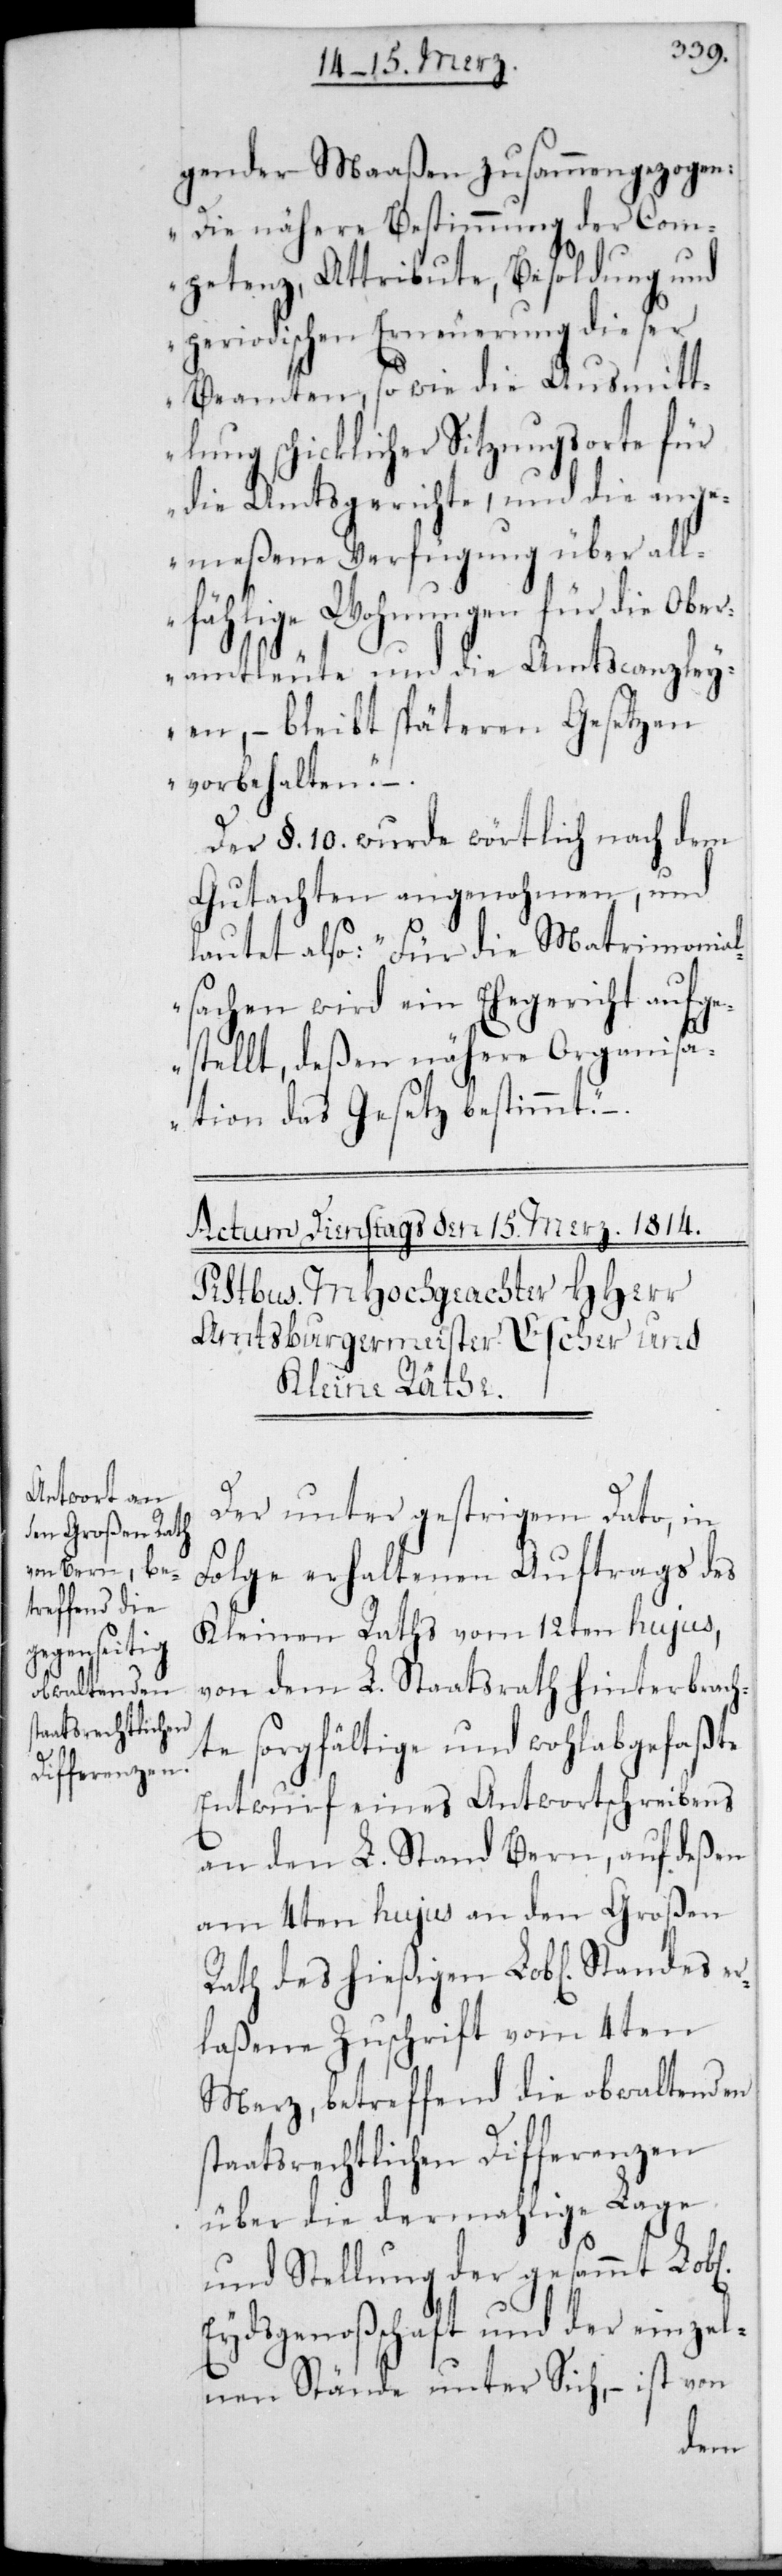
Matrimonial¬

gender Maaßen zusammengezogen:
„Die nähere Bestimmung der Com¬
petenz, Attribute, Besoldung und
periodischen Erneuerung dieser
Beamten, sowie die Ausmitt¬
lung schicklicher Sitzungsorte für
die Amtsgerichte, und die ange¬
meßene Verfügung über all¬
fählige Wohnungen für die Ober¬
amtleute und die Amtscanzley¬
en, – bleibt späteren Gesetzen
vorbehalten.“
Der §. 10. wurde wörtlich nach dem
Gutachten angenohmen, und
sachen wird ein Ehegericht aufge¬
stellt, deßen nähere Organisa¬
tion das Gesetz bestimmt.“
Der unter gestrigem Dato in
Folge erhaltenen Auftrags des
Kleinen Raths vom 12ten hujus,
von dem L. Staatsrath hinterbrach¬
te sorgfältige und wohl abgefaßte
Entwurf eines Antwortschreibens
an den L. Stand Bern, auf deßen
am 4ten hujus an den Großen
Rath des hießigen Lobl. Standes er¬
laßene Zuschrift vom 4ten
Merz, betreffend die obwaltenden
staatsrechtlichen Differenzen
über die dermahlige Lage
und Stellung der gesamt L.
Eydsgenoßenschaft und der einzel¬
nen Stände unter Sich, – ist von